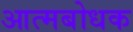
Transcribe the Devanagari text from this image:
आत्मबोधक